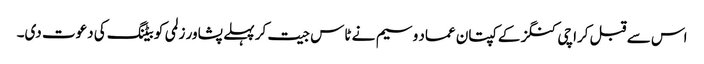
اس سے قبل کراچی کنگز کے کپتان عماد وسیم نے ٹاس جیت کر پہلے پشاور زلمی کو بیٹنگ کی دعوت دی۔